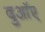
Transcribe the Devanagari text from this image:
दुआॅए